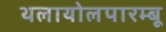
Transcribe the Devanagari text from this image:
थलायोलपारम्बू